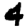
Digit: 4